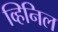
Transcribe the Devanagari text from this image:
व्हिनिल